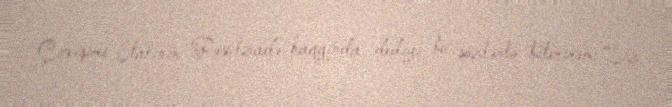
Çıxışımı Stalinin Rəsulzadə haqqında dediyi bu sözlərlə bitirirəm: “Siz